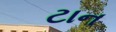
ટાન